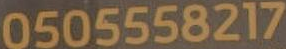
0505558217